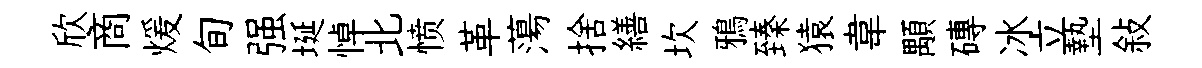
欣商煖旬强埏悼北愤革蕩捨繕坎鴉臻猿韋顒磚冰立墊敍